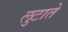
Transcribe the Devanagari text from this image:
लुटाते